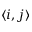
\langle i , j \rangle